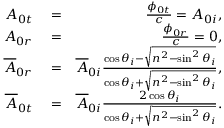
\begin{array} { r l r } { A _ { 0 t } } & { { } = } & { \frac { \phi _ { 0 t } } { c } = A _ { 0 i } , } \\ { A _ { 0 r } } & { { } = } & { \frac { \phi _ { 0 r } } { c } = 0 , } \\ { \overline { { A } } _ { 0 r } } & { { } = } & { \overline { { A } } _ { 0 i } \frac { \cos \theta _ { i } - \sqrt { n ^ { 2 } - \sin ^ { 2 } \theta _ { i } } } { \cos \theta _ { i } + \sqrt { n ^ { 2 } - \sin ^ { 2 } \theta _ { i } } } , } \\ { \overline { { A } } _ { 0 t } } & { { } = } & { \overline { { A } } _ { 0 i } \frac { 2 \cos \theta _ { i } } { \cos \theta _ { i } + \sqrt { n ^ { 2 } - \sin ^ { 2 } \theta _ { i } } } . } \end{array}